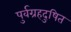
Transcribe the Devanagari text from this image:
पुर्वग्रहदुषित